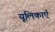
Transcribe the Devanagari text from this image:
यूलिकाएँ